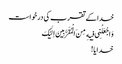
خدا کے تقرب کی درخواست
وَ اجْعَلْنِی فِیهِ مِنَ الْمُقَرَّبِینَ اِلَیْکَ
خدایا!